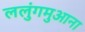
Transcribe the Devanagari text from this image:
ललुंगमुआना